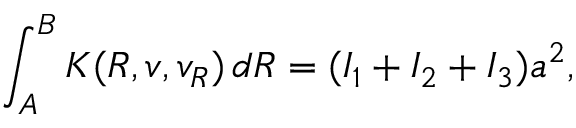
\int _ { A } ^ { B } K ( R , v , v _ { R } ) \, d R = ( I _ { 1 } + I _ { 2 } + I _ { 3 } ) { a } ^ { 2 } ,